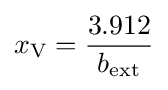
x_{\text{V}}={\frac {3.912}{b_{\text{ext}}}}